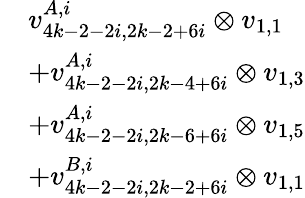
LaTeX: \begin{array}{rl}&{v_{4k-2-2i,2k-2+6i}^{A,i}\otimes v_{1,1}}\\ &{+v_{4k-2-2i,2k-4+6i}^{A,i}\otimes v_{1,3}}\\ &{+v_{4k-2-2i,2k-6+6i}^{A,i}\otimes v_{1,5}}\\ &{+v_{4k-2-2i,2k-2+6i}^{B,i}\otimes v_{1,1}}\end{array}